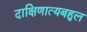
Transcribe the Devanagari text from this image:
दाक्षिणात्यबहुल